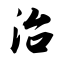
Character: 治